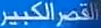
قصرالكبير